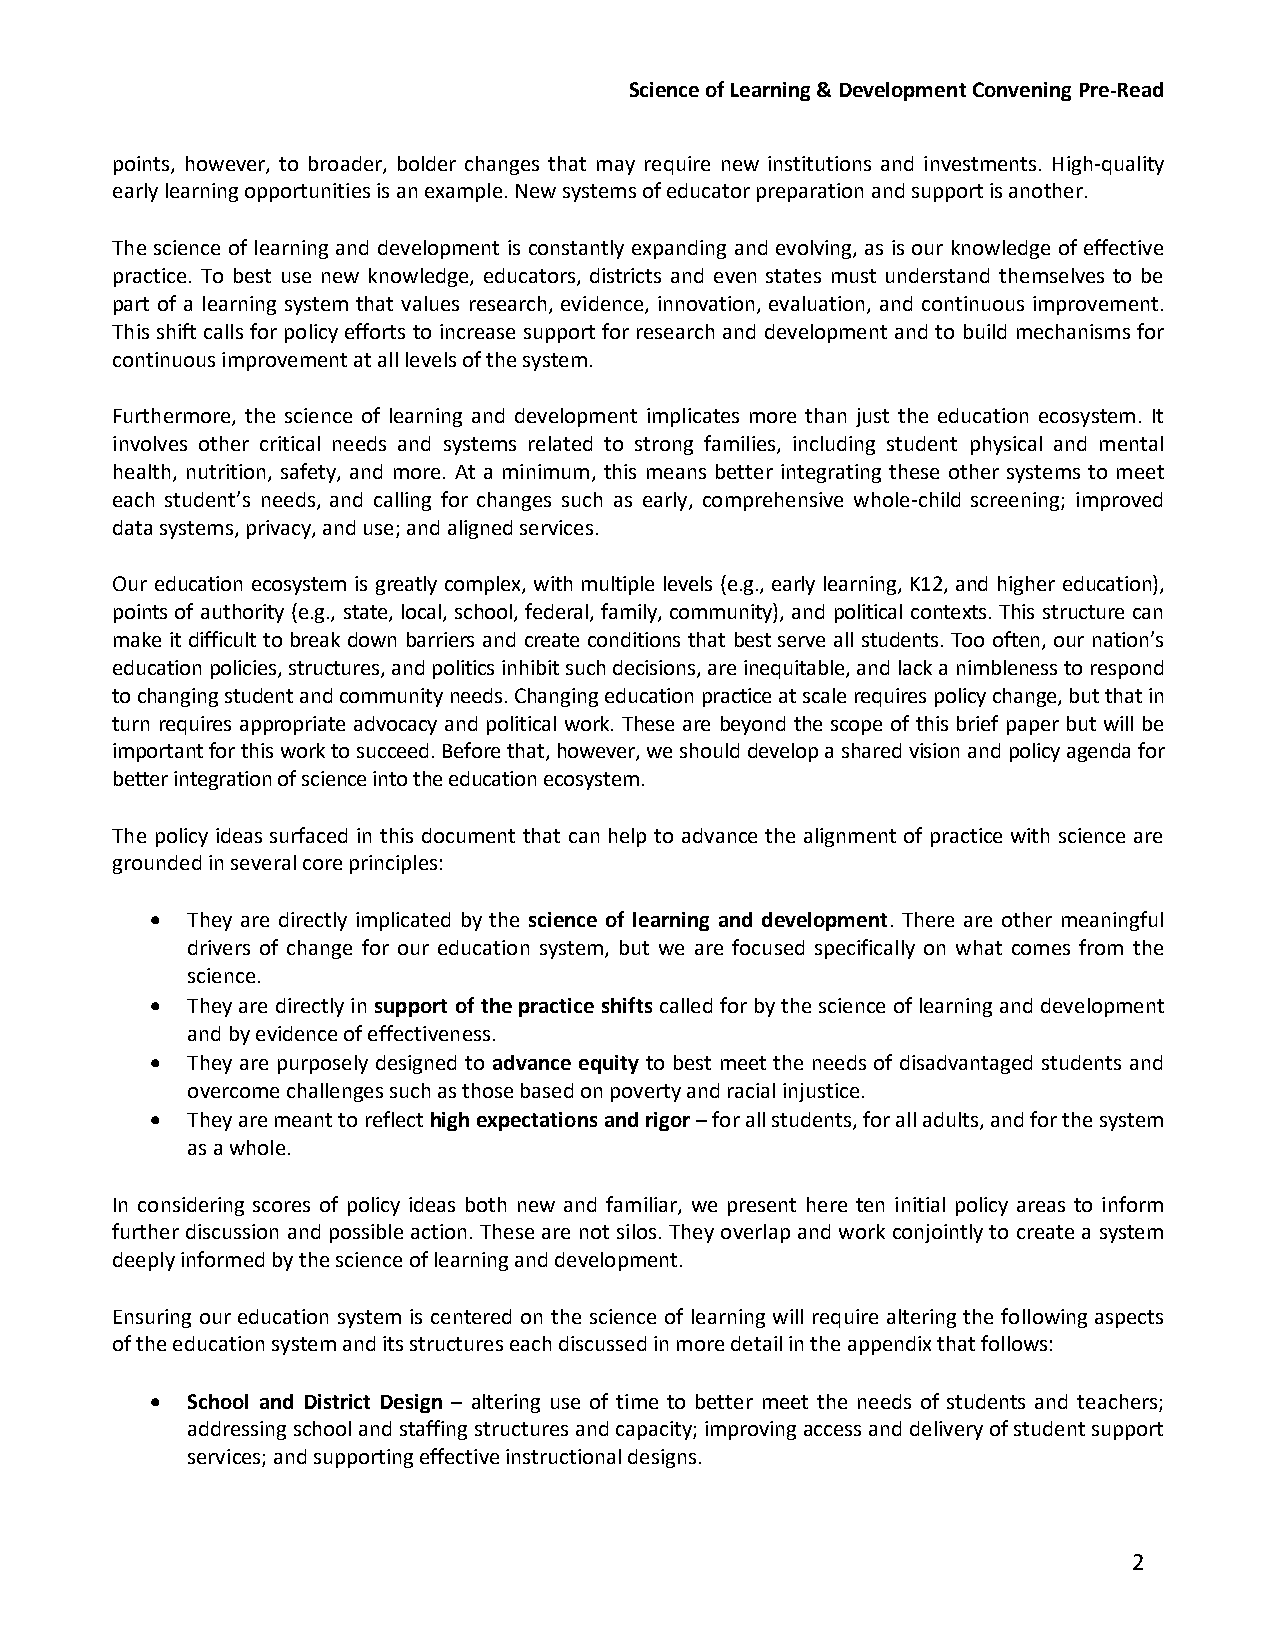
Science of Learning & Development Convening Pre-Read
 points, however, to broader, bolder changes that may require new institutions and investments. High-quality
 early learning opportunities is an example. New systems of educator preparation and support is another.
 The science of learning and development is constantly expanding and evolving, as is our knowledge of effective
 practice. To best use new knowledge, educators, districts and even states must understand themselves to be
 part of a learning system that values research, evidence, innovation, evaluation, and continuous improvement.
 This shift calls for policy efforts to increase support for research and development and to build mechanisms for
 continuous improvement at all levels of the system.
 Furthermore, the science of learning and development implicates more than just the education ecosystem. It
 involves other critical needs and systems related to strong families, including student physical and mental
 health, nutrition, safety, and more. At a minimum, this means better integrating these other systems to meet
 each student’s needs, and calling for changes such as early, comprehensive whole-child screening; improved
 data systems, privacy, and use; and aligned services.
 Our education ecosystem is greatly complex, with multiple levels (e.g., early learning, K12, and higher education),
 points of authority (e.g., state, local, school, federal, family, community), and political contexts. This structure can
 make it difficult to break down barriers and create conditions that best serve all students. Too often, our nation’s
 education policies, structures, and politics inhibit such decisions, are inequitable, and lack a nimbleness to respond
 to changing student and community needs. Changing education practice at scale requires policy change, but that in
 turn requires appropriate advocacy and political work. These are beyond the scope of this brief paper but will be
 important for this work to succeed. Before that, however, we should develop a shared vision and policy agenda for
 better integration of science into the education ecosystem.
 The policy ideas surfaced in this document that can help to advance the alignment of practice with science are
 grounded in several core principles:
  They are directly implicated by the science of learning and development. There are other meaningful
 drivers of change for our education system, but we are focused specifically on what comes from the
 science.
  They are directly in support of the practice shifts called for by the science of learning and development
 and by evidence of effectiveness.
  They are purposely designed to advance equity to best meet the needs of disadvantaged students and
 overcome challenges such as those based on poverty and racial injustice.
  They are meant to reflect high expectations and rigor – for all students, for all adults, and for the system
 as a whole.
 In considering scores of policy ideas both new and familiar, we present here ten initial policy areas to inform
 further discussion and possible action. These are not silos. They overlap and work conjointly to create a system
 deeply informed by the science of learning and development.
 Ensuring our education system is centered on the science of learning will require altering the following aspects
 of the education system and its structures each discussed in more detail in the appendix that follows:
  School and District Design – altering use of time to better meet the needs of students and teachers;
 addressing school and staffing structures and capacity; improving access and delivery of student support
 services; and supporting effective instructional designs.
 2